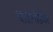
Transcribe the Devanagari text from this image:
घाडामोडींवर